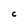
Character: C